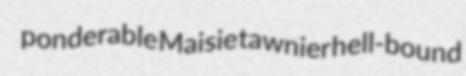
ponderable Maisie tawnier hell-bound